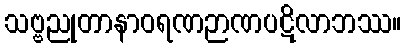
သဗ္ဗညုတာနာဝရဏဉာဏပဋိလာဘဿ။